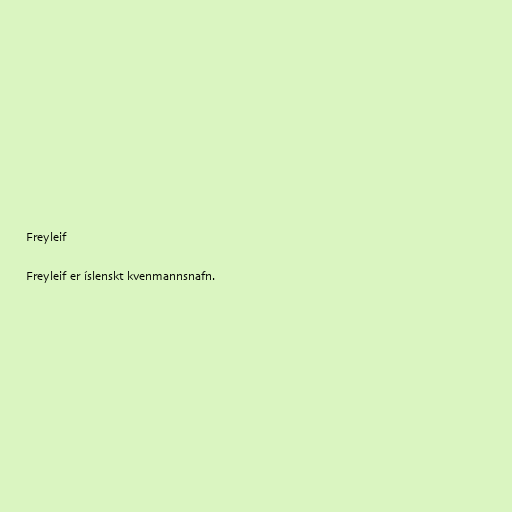
Freyleif

Freyleif er íslenskt kvenmannsnafn.